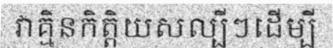
វាគ្មិនកិត្តិយសល្បីៗដើម្បី